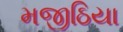
મજીઠિયા